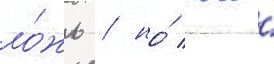
ло́жь / но́ кого́